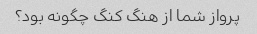
پرواز شما از هنگ کنگ چگونه بود؟